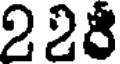
228